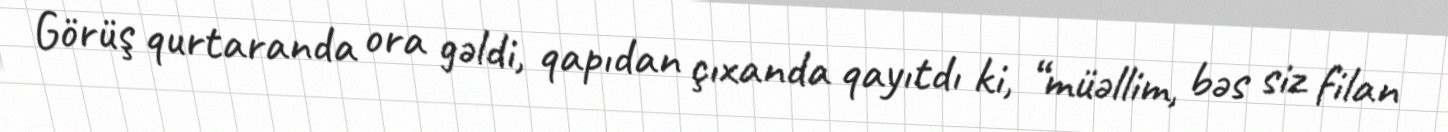
Görüş qurtaranda ora gəldi, qapıdan çıxanda qayıtdı ki, “müəllim, bəs siz filan